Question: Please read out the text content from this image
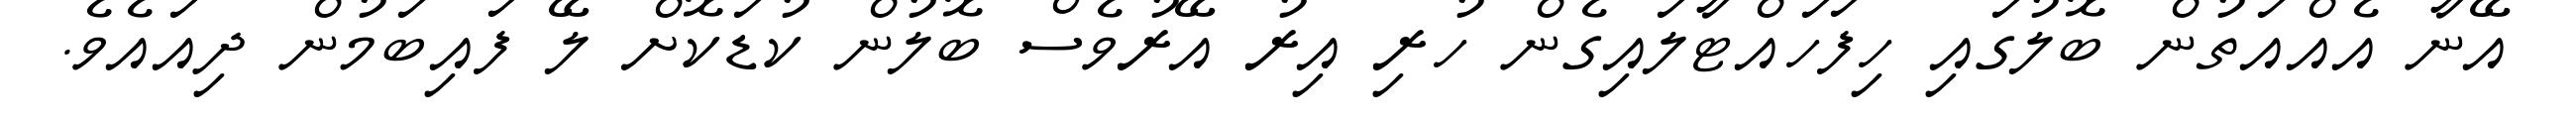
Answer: އޭނާ އެއްއަތުން ބޮލުގައި ހިފަހައްޓާލައިގެން ހުރި އިރު އޭރުވެސް ބޮލުން ކުޑަކޮށް ލޭ ފައިބަމުން ދިއައެވެ.